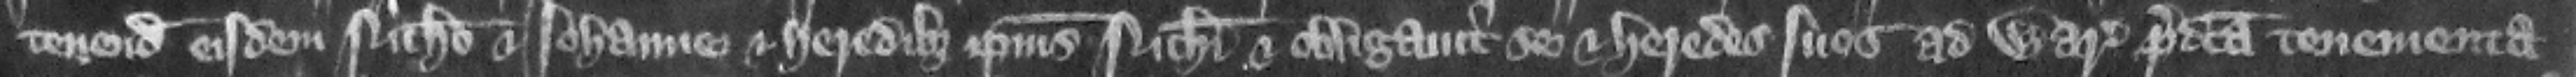
tendendo eisdem Nicholao et Iohanne et heredibus ipsius Nicholai et obligauit se et heredes suos ad warantizandum predicta tenementa